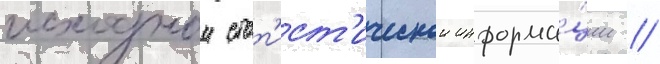
исходнои стат'ист'ическои информа́ции //